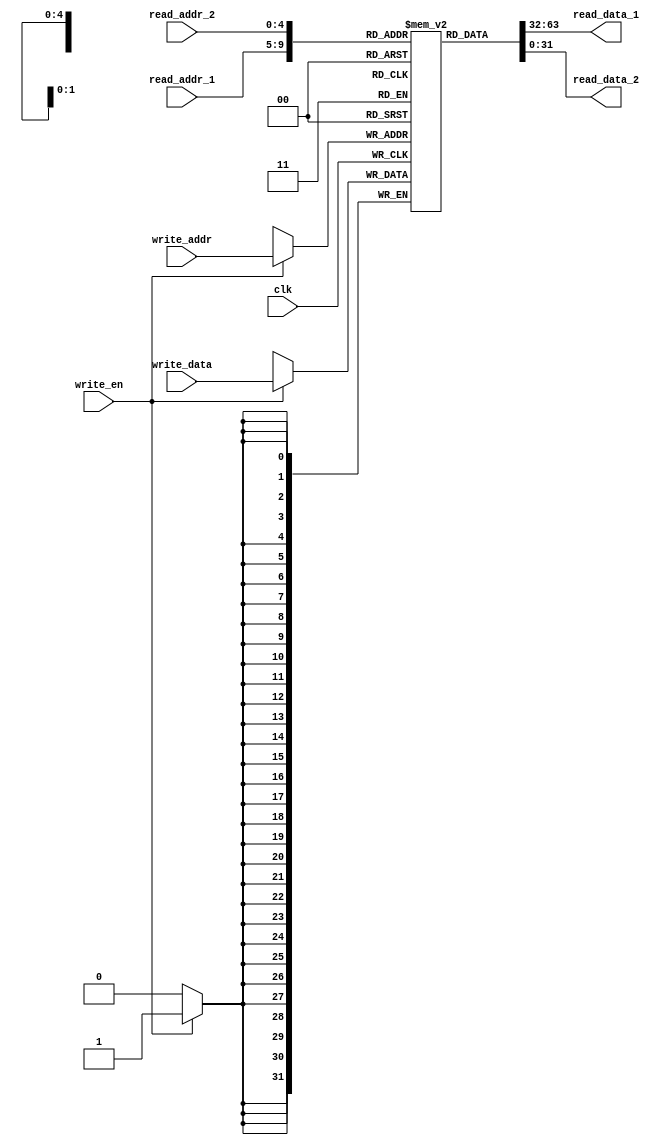
module Reg(
    input clk,
    input write_en,
    input [4:0] read_addr_1,
    input [4:0] read_addr_2,
    input [4:0] write_addr,
    input [31:0] write_data,
    output [31:0] read_data_1,
    output [31:0] read_data_2

);
    reg [31:0] register [31:0];
    integer i;
    initial begin
        for (i = 0; i < 32; i = i + 1) register[i] = 32'b0;
    end
    always @(posedge clk) begin
        if (write_en)
            register[write_addr] = write_data;
    end
    assign read_data_1 = register[read_addr_1];
    assign read_data_2 = register[read_addr_2];
endmodule